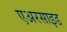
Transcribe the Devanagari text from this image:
एअरसाइड